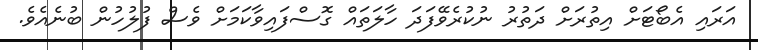
އަރައި އެބޯޓަށް އިތުރަށް ދަތުރު ނުކުރެވޭފަދަ ހާލަތައް ގޮސްފައިވާކަމަށް ވެސް ފުލުހުން ބުނެއެވެ.